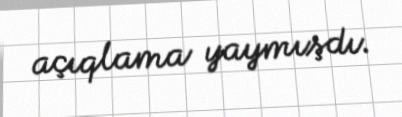
açıqlama yaymışdı.